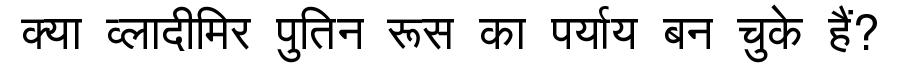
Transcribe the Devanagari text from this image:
क्या व्लादीमिर पुतिन रूस का पर्याय बन चुके हैं?